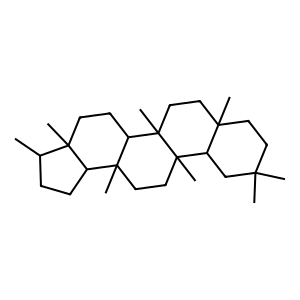
SMILES: CC1CCC2C1(C)CCC1C2(C)CCC2(C)C3CC(C)(C)CCC3(C)CCC12C
Inhibits HIV replication: No